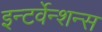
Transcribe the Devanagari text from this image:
इन्टर्वेन्शन्स